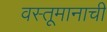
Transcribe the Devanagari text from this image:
वस्तूमानाची